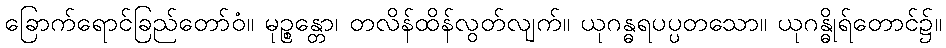
ခြောက်ရောင်ခြည်တော်ဝံ။ မုဉ္စန္တော၊ တလိန်ထိန်လွတ်လျက်။ ယုဂန္ဓရပပ္ပတသော။ ယုဂန္ဓိုရ်တောင်၌။